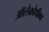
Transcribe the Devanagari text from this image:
ऑलेकोथीका